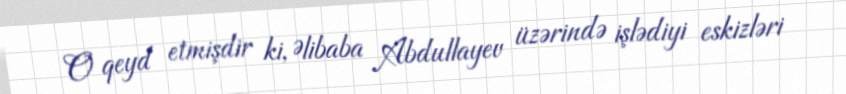
O qeyd etmişdir ki, Əlibaba Abdullayev üzərində işlədiyi eskizləri